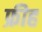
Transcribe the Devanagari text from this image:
फ्रीह